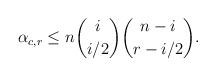
LaTeX: \begin{align*} \alpha_{c,r} \leq n \binom{i}{i/2} \binom{n-i}{r-i/2}.\end{align*}